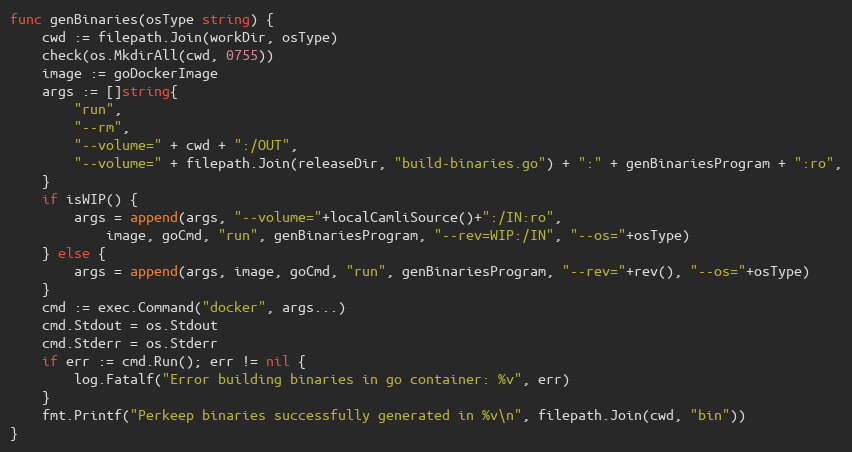
Language: Go
func genBinaries(osType string) {
	cwd := filepath.Join(workDir, osType)
	check(os.MkdirAll(cwd, 0755))
	image := goDockerImage
	args := []string{
		"run",
		"--rm",
		"--volume=" + cwd + ":/OUT",
		"--volume=" + filepath.Join(releaseDir, "build-binaries.go") + ":" + genBinariesProgram + ":ro",
	}
	if isWIP() {
		args = append(args, "--volume="+localCamliSource()+":/IN:ro",
			image, goCmd, "run", genBinariesProgram, "--rev=WIP:/IN", "--os="+osType)
	} else {
		args = append(args, image, goCmd, "run", genBinariesProgram, "--rev="+rev(), "--os="+osType)
	}
	cmd := exec.Command("docker", args...)
	cmd.Stdout = os.Stdout
	cmd.Stderr = os.Stderr
	if err := cmd.Run(); err != nil {
		log.Fatalf("Error building binaries in go container: %v", err)
	}
	fmt.Printf("Perkeep binaries successfully generated in %v\n", filepath.Join(cwd, "bin"))
}